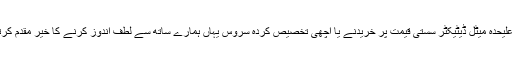
آن لائن علیحدہ میٹل ڈیٹیکٹر سستی قیمت پر خریدنے یا اچھی تخصیص کردہ سروس یہاں ہمارے ساتھ سے لطف اندوز کرنے کا خیر مقدم کرتے ہیں ۔